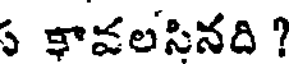
స కావలసినది ?